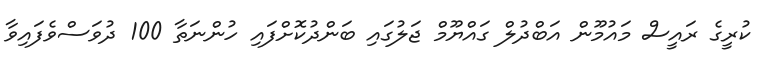
ކުރީގެ ރައީސް މައުމޫން އަބްދުލް ގައްޔޫމް ޖަލުގައި ބަންދުކޮށްފައި ހުންނަތާ 100 ދުވަސްވެފައިވާ